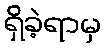
ရှိခဲ့ရာမှ